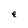
Character: e